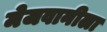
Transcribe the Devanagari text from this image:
मेजवानीला